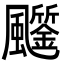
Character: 𩙗